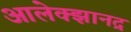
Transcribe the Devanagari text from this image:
आलेक्झानद्र